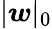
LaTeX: |\boldsymbol{w}|_{0}